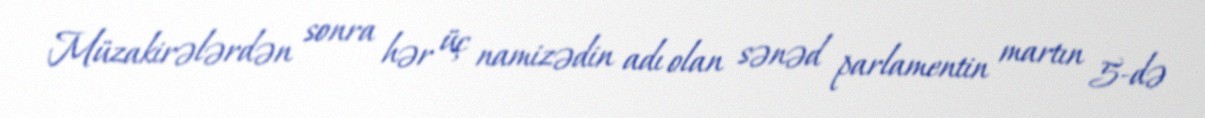
Müzakirələrdən sonra hər üç namizədin adı olan sənəd parlamentin martın 5-də